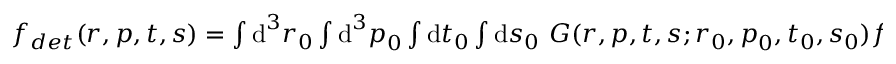
\begin{array} { r } { f _ { d e t } ( \boldsymbol { r } , \boldsymbol { p } , t , s ) = \int { \mathop { } \! \mathrm { d } } ^ { 3 } \boldsymbol { r } _ { 0 } \int { \mathop { } \! \mathrm { d } } ^ { 3 } \boldsymbol { p } _ { 0 } \int { \mathop { } \! \mathrm { d } } t _ { 0 } \int { \mathop { } \! \mathrm { d } } s _ { 0 } \, \, G ( \boldsymbol { r } , \boldsymbol { p } , t , s ; \boldsymbol { r } _ { 0 } , \boldsymbol { p } _ { 0 } , t _ { 0 } , s _ { 0 } ) f _ { s r c } ( \boldsymbol { r } _ { 0 } , \boldsymbol { p } _ { 0 } , t _ { 0 } , s _ { 0 } ) } \end{array}